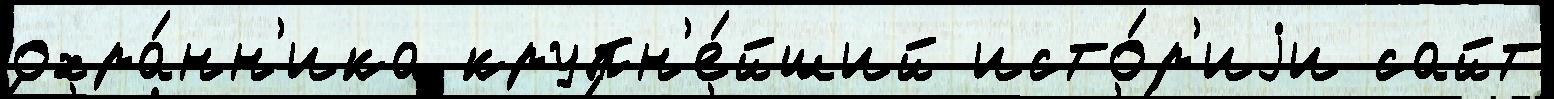
охра́нн'ика крупн'е́йший исто́р'иjи сайт